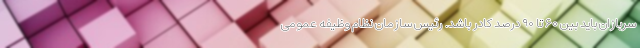
سربازان باید بین ۶۰ تا ۹۰ درصد کادر باشد. رئیس سازمان نظام وظیفه عمومی